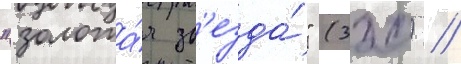
"золота́я зв'езда́" (320) //